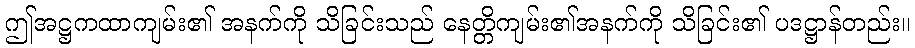
ဤအဋ္ဌကထာကျမ်း၏ အနက်ကို သိခြင်းသည် နေတ္တိကျမ်း၏အနက်ကို သိခြင်း၏ ပဒဋ္ဌာန်တည်း။